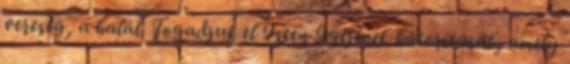
vereség, a halál. Fogadjuk el Isten Igéjének bátorítását, amely